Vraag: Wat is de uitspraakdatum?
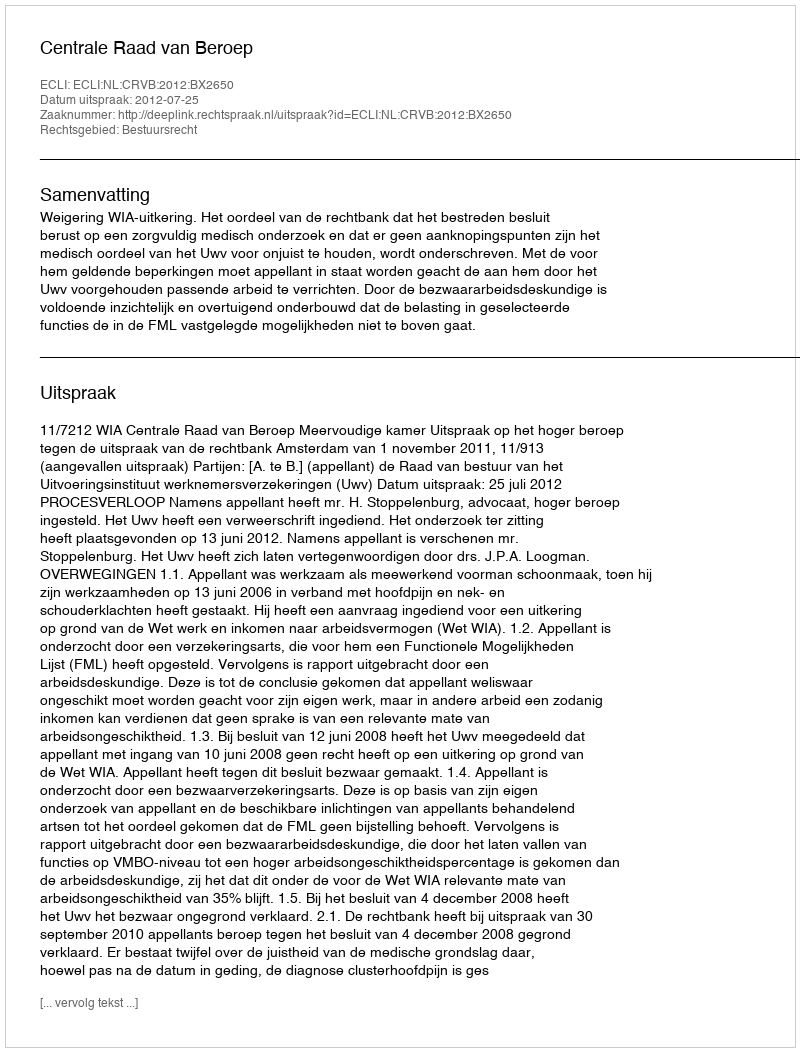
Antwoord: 2012-07-25